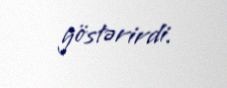
göstərirdi.